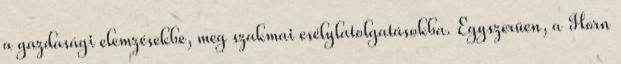
a gazdasági elemzésekbe, meg szakmai esélylatolgatásokba. Egyszerűen, a Horn